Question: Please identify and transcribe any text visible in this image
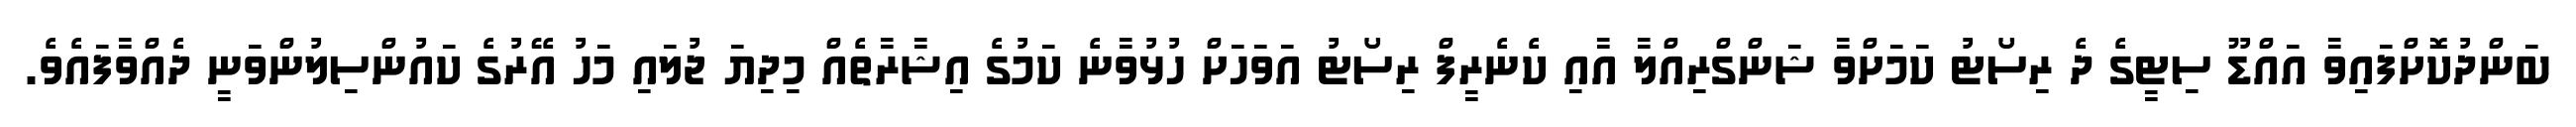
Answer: ބަންދުކޮށްފައިވާ އައްޑޫ ސިޓީގެ ދެ ރިސޯޓު ކަމަށްވާ ޝަންގްރިއްލާ އާއި ކެނެރީފް ރިސޯޓު އަވަހަށް ހުޅުވާނެ ކަމުގެ އިޝާރާތެއް މިދިޔަ ޖުލައި މަހު އޭރުގެ ކައުންސިލުންވަނީ ދެއްވާފައެވެ.